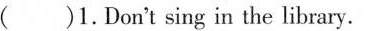
()1. Don't sing in the library.